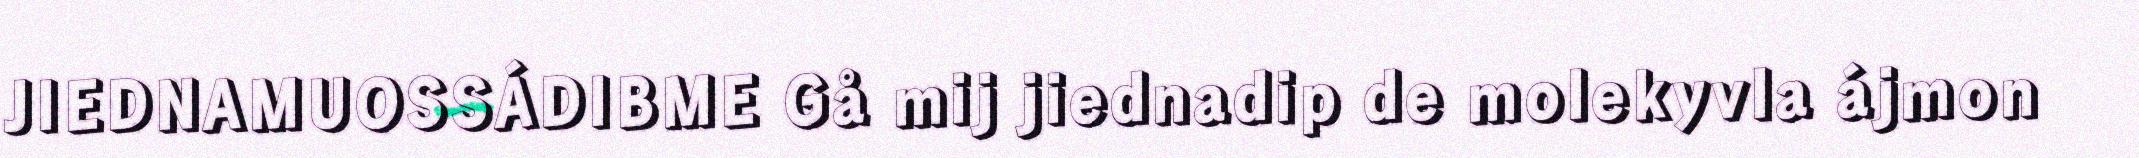
JIEDNAMUOSSÁDIBME Gå mij jiednadip de molekyvla ájmon